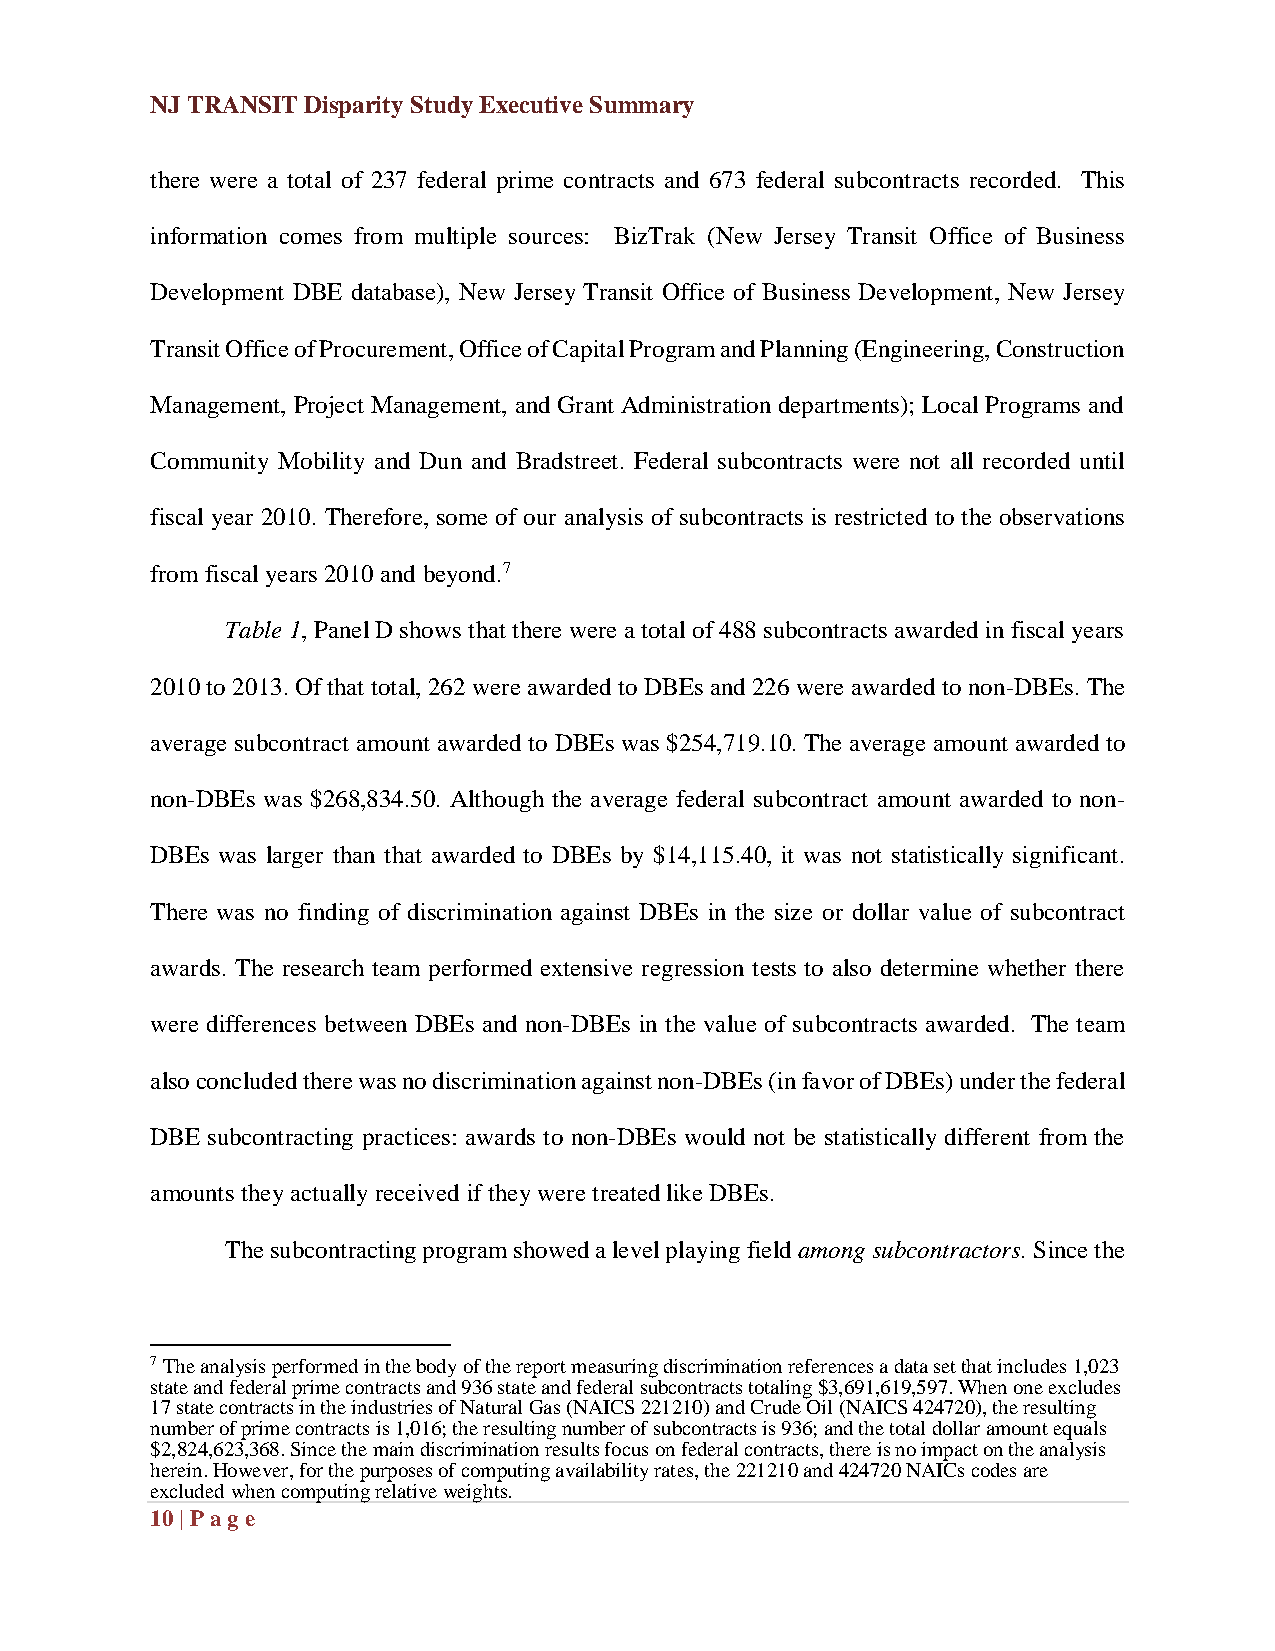
NJ TRANSIT Disparity Study Executive Summary
 there were a total of 237 federal prime contracts and 673 federal subcontracts recorded. This
 information comes from multiple sources: BizTrak (New Jersey Transit Office of Business
 Development DBE database), New Jersey Transit Office of Business Development, New Jersey
 Transit Office of Procurement, Office of Capital Program and Planning (Engineering, Construction
 Management, Project Management, and Grant Administration departments); Local Programs and
 Community Mobility and Dun and Bradstreet. Federal subcontracts were not all recorded until
 fiscal year 2010. Therefore, some of our analysis of subcontracts is restricted to the observations
 from fiscal years 2010 and beyond.7
 Table 1, Panel D shows that there were a total of 488 subcontracts awarded in fiscal years
 2010 to 2013. Of that total, 262 were awarded to DBEs and 226 were awarded to non-DBEs. The
 average subcontract amount awarded to DBEs was $254,719.10. The average amount awarded to
 non-DBEs was $268,834.50. Although the average federal subcontract amount awarded to non-
 DBEs was larger than that awarded to DBEs by $14,115.40, it was not statistically significant.
 There was no finding of discrimination against DBEs in the size or dollar value of subcontract
 awards. The research team performed extensive regression tests to also determine whether there
 were differences between DBEs and non-DBEs in the value of subcontracts awarded. The team
 also concluded there was no discrimination against non-DBEs (in favor of DBEs) under the federal
 DBE subcontracting practices: awards to non-DBEs would not be statistically different from the
 amounts they actually received if they were treated like DBEs.
 The subcontracting program showed a level playing field among subcontractors. Since the
 7 The analysis performed in the body of the report measuring discrimination references a data set that includes 1,023
 state and federal prime contracts and 936 state and federal subcontracts totaling $3,691,619,597. When one excludes
 17 state contracts in the industries of Natural Gas (NAICS 221210) and Crude Oil (NAICS 424720), the resulting
 number of prime contracts is 1,016; the resulting number of subcontracts is 936; and the total dollar amount equals
 $2,824,623,368. Since the main discrimination results focus on federal contracts, there is no impact on the analysis
 herein. However, for the purposes of computing availability rates, the 221210 and 424720 NAICs codes are
 excluded when computing relative weights.
 10 | Pag e